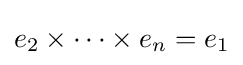
e_{2}\times \cdots \times e_{n}=e_{1}